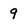
Character: 9